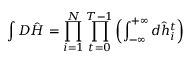
\int { D } \hat { \boldsymbol { H } } = \prod _ { i = 1 } ^ { N } \prod _ { t = 0 } ^ { T - 1 } \left( \int _ { - \infty } ^ { + \infty } d \hat { h } _ { i } ^ { t } \right)